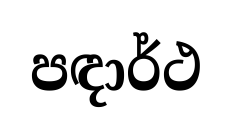
පඳාර්ථ